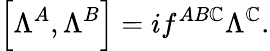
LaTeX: \left[\Lambda^{A},\Lambda^{B}\right]=if^{AB\mathbb{C}}\Lambda^{\mathbb{C}}.